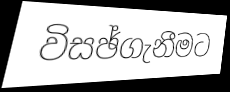
විසඡ්ගැනීමට